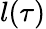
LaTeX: l(\tau)